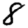
Digit: 8